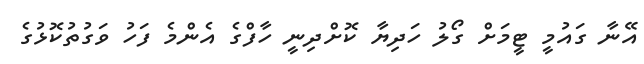
އޭނާ ގައުމީ ޓީމަށް ގޯލު ހަދިޔާ ކޮށްދިނީ ހާފްގެ އެންމެ ފަހު ވަގުތުކޮޅުގެ